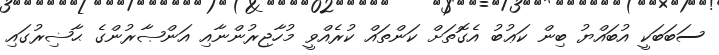
ސަބަބަކީ އުބައްޔު ބިން ކަޢުބު އެގޮތަށް ކަންތައް ކުރެއްވީ މުހާޖިރުންނާއި އަންޞާރުންގެ ޙާޟިރުގައި